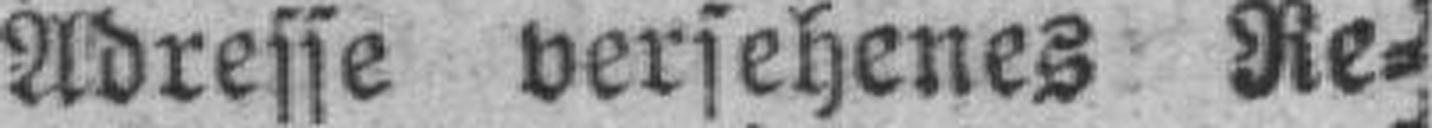
Adresse versehenes Re¬